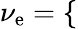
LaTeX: \nu_{\mathrm{e}}=\left\{ \begin{array}{ll}{\begin{array}{rlr}\end{array}}\end{array}\right.